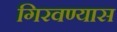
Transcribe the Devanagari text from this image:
गिरवण्यास